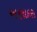
અણાદરા